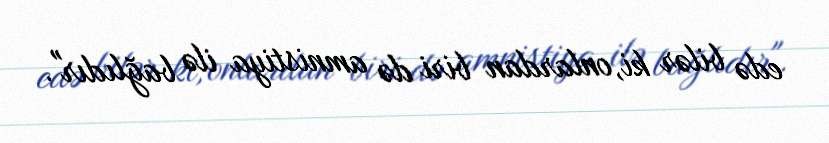
edə bilər ki, onlardan biri də amnistiya ilə bağlıdır".